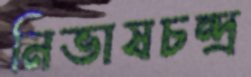
নিভাষচন্দ্র